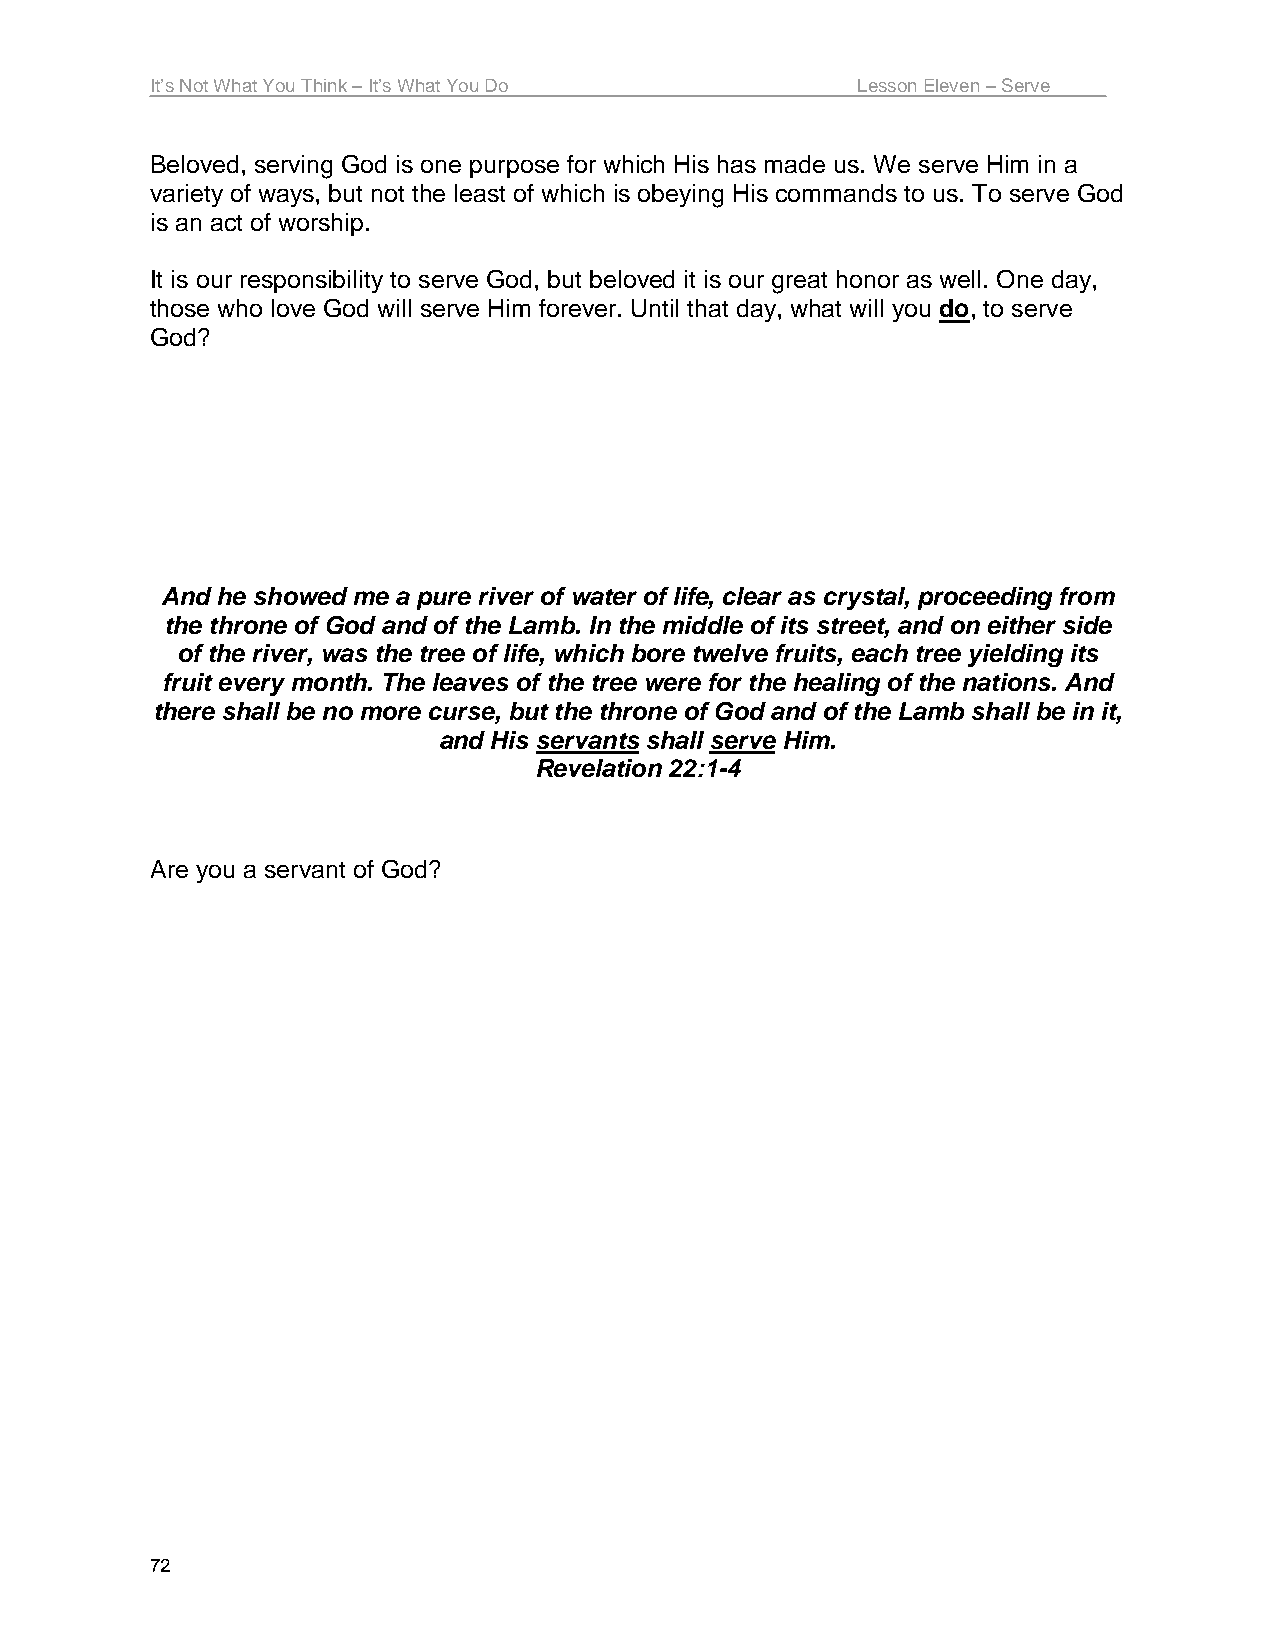
It’s Not What You Think – It’s What You Do     Lesson Eleven – Serve
 Beloved, serving God is one purpose for which His has made us. We serve Him in a
 variety of ways, but not the least of which is obeying His commands to us. To serve God
 is an act of worship.
 It is our responsibility to serve God, but beloved it is our great honor as well. One day,
 those who love God will serve Him forever. Until that day, what will you do, to serve
 God?
 And he showed me a pure river of water of life, clear as crystal, proceeding from
 the throne of God and of the Lamb. In the middle of its street, and on either side
 of the river, was the tree of life, which bore twelve fruits, each tree yielding its
 fruit every month. The leaves of the tree were for the healing of the nations. And
 there shall be no more curse, but the throne of God and of the Lamb shall be in it,
 and His servants shall serve Him.
 Revelation 22:1-4
 Are you a servant of God?
 72